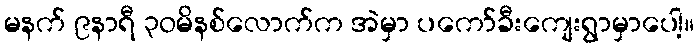
မနက် ၉နာရီ ၃ဝမိနစ်လောက်က အဲမှာ ပကော်ခီးကျေးရွာမှာပေါ့။